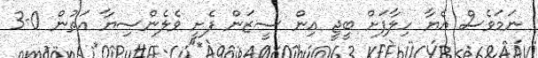
ނަމަވެސް އެޔާ ހިލާފަށް ބީޖީ އިން ސީޒަން ފެށީ ވެލެންސިޔާ އަތުން 0-3